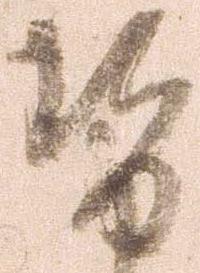
せ